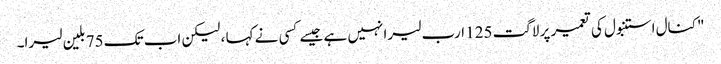
"کنال استنبول کی تعمیر پر لاگت 125 ارب لیرا نہیں ہے جیسے کسی نے کہا ، لیکن اب تک 75 بلین لیرا۔